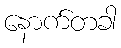
နောက်တခါ